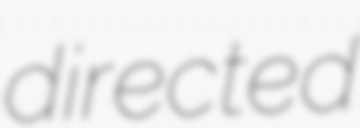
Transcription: directed